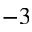
^ { - 3 }